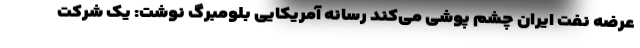
عرضه نفت ایران چشم پوشی می‌کند رسانه آمریکایی بلومبرگ نوشت: یک شرکت